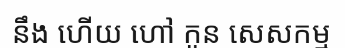
នឹង ហើយ ហៅ កូន សេសកម្ម